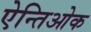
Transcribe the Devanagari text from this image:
ऐन्तिओक